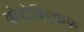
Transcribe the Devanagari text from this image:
वोरोबिएफफ